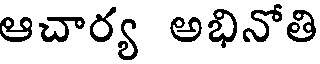
ఆచార్య అభినోతి